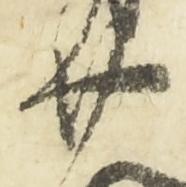
廿